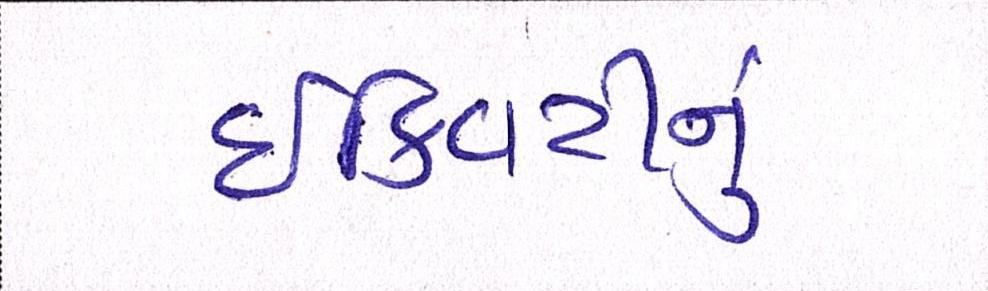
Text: ઈક્વિટીનું